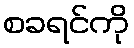
စခရင်ကို